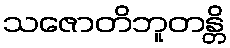
သဇောတိဘူတန္တိ